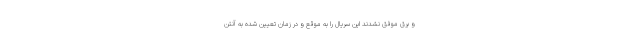
و برق موفق نشدند این سریال را به موقع و در زمان تعیین شده به آنتن